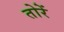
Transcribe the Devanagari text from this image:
तोरें